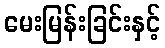
မေးမြန်းခြင်းနှင့်